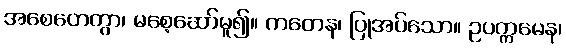
အစေတေတွာ၊ မစေ့ဆော်မူ၍။ ကတေန၊ ပြုအပ်သော။ ဥပက္ကမေန၊